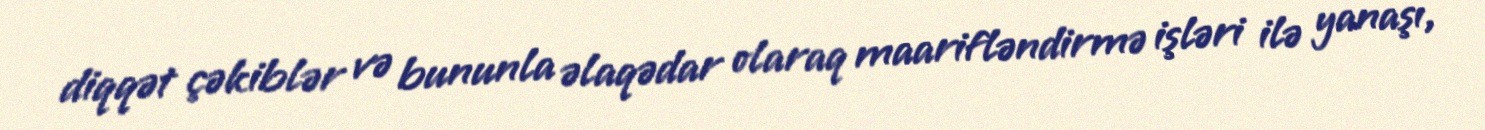
diqqət çəkiblər və bununla əlaqədar olaraq maarifləndirmə işləri ilə yanaşı,